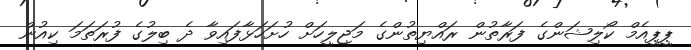
ޕީޕީއެމް ކޯލިޝަންގެ ފަރާތުން ރައްޔިތުންގެ މަޖިލީހަށް ހުށަހަޅާފައިވާ ދެ ބިލުގެ ފުރަތަމަ ކިއުން